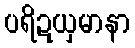
ပရိဍယှမာနာ